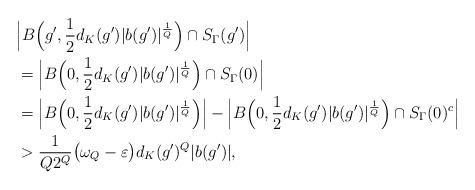
LaTeX: \begin{align*}&\Big|B\Big(g', {1\over 2}d_K(g')|b(g')|^{1\over Q}\Big)\cap S_\Gamma(g')\Big|\\&=\Big|B\Big(0, {1\over 2}d_K(g')|b(g')|^{1\over Q}\Big)\cap S_\Gamma(0)\Big|\\&=\Big|B\Big(0, {1\over 2}d_K(g')|b(g')|^{1\over Q}\Big)\Big|- \Big|B\Big(0, {1\over 2}d_K(g')|b(g')|^{1\over Q}\Big)\cap S_\Gamma(0)^{c}\Big|\\&> {1\over Q 2^Q}\big(\omega_Q-\varepsilon\big)d_K(g')^Q|b(g')|,\end{align*}